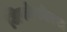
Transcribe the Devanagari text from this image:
जिफोफोरस